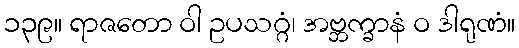
၁၃၉။ ရာဇတော ဝါ ဥပသဂ္ဂံ၊ အဗ္ဘက္ခာနံ ဝ ဒါရုဏံ။